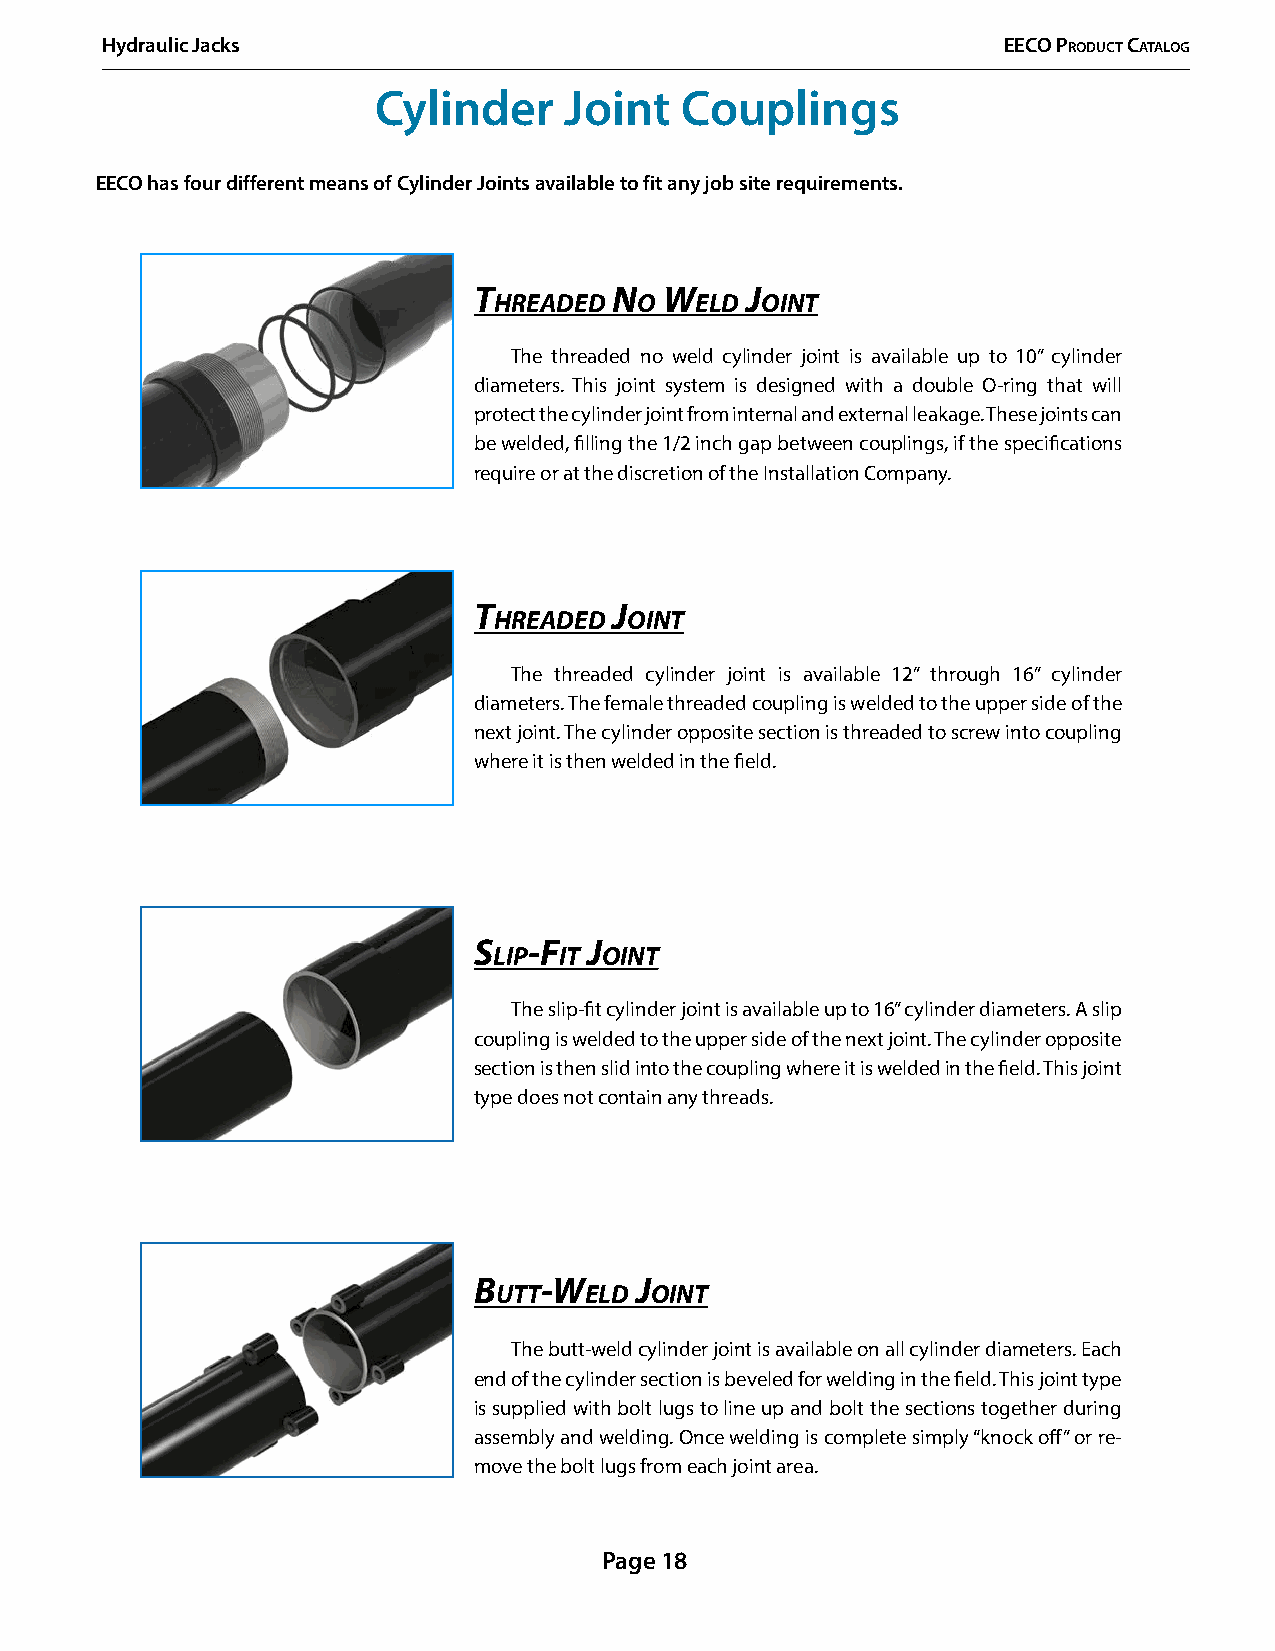
Hydraulic Jacks                                            EECO PrOduCt CatalOg
 Cylinder    Joint   Couplings
 EECO has four different means of Cylinder Joints available to fit any job site requirements.
 t         n  w    J
 HreaDeD  o   elD oint
 The threaded no weld cylinder joint is available up to 10” cylinder
 diameters. This joint system is designed with a double O-ring that will
 protect the cylinder joint from internal and external leakage. These joints can
 be welded, filling the 1/2 inch gap between couplings, if the specifications
 require or at the discretion of the Installation Company.
 t         J
 HreaDeD  oint
 The threaded cylinder joint is available 12” through 16” cylinder
 diameters. The female threaded coupling is welded to the upper side of the
 next joint. The cylinder opposite section is threaded to screw into coupling
 where it is then welded in the field.
 s   -f  J
 lip it oint
 The slip-fit cylinder joint is available up to 16” cylinder diameters. A slip
 coupling is welded to the upper side of the next joint. The cylinder opposite
 section is then slid into the coupling where it is welded in the field. This joint
 type does not contain any threads.
 B    -w    J
 utt   elD oint
 The butt-weld cylinder joint is available on all cylinder diameters. Each
 end of the cylinder section is beveled for welding in the field. This joint type
 is supplied with bolt lugs to line up and bolt the sections together during
 assembly and welding. Once welding is complete simply “knock off” or re-
 move the bolt lugs from each joint area.
 Page 18